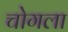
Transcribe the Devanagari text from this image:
चोगला